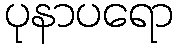
ပုနာပရော